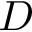
D